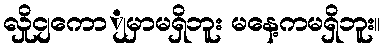
လှိုငျကောျမှာမရှိဘူး မနေ့ကမရှိဘူး။